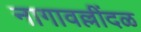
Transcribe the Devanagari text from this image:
नागावल्लींदळ